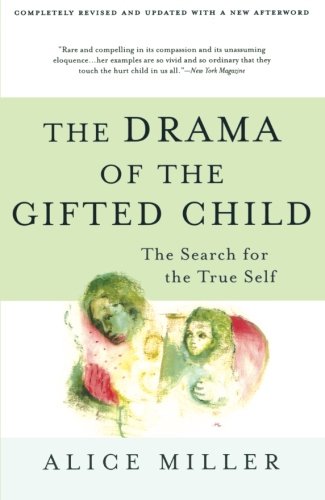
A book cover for The Drama of the Gifted Child: The Search for the True Self, Revised Edition; Alice Miller; Health, Fitness & Dieting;